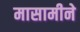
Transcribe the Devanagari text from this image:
मासामीने